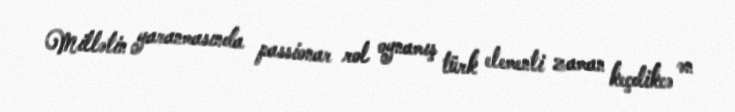
Millətin yaranmasında passionar rol oynamış türk elementi zaman keçdikcə ən